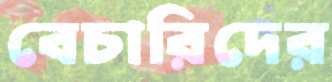
বেচারিদের